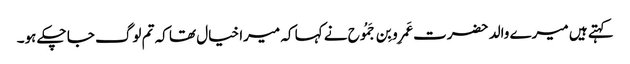
کہتے ہیں میرے والد حضرت عَمرِو بِن جَمُوح نے کہا کہ میرا خیال تھا کہ تم لوگ جا چکے ہو۔